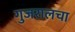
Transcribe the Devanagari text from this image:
गुजरालचा